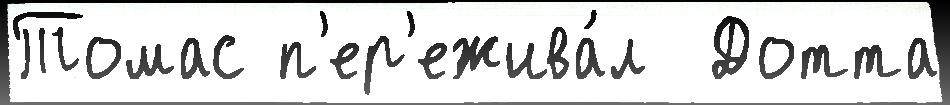
Томас п'ер'ежива́л  Дотта